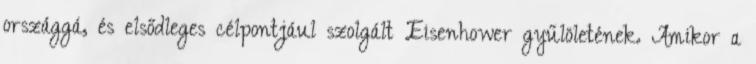
országgá, és elsődleges célpontjául szolgált Eisenhower gyűlöletének. Amikor a